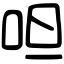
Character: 呾